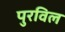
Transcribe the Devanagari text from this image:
पुरविल